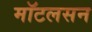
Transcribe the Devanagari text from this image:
मॉटलसन